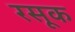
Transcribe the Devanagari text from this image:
रसूक